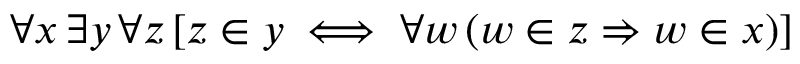
\forall x \, \exists y \, \forall z \, [ z \in y \iff \forall w \, ( w \in z \Rightarrow w \in x ) ]